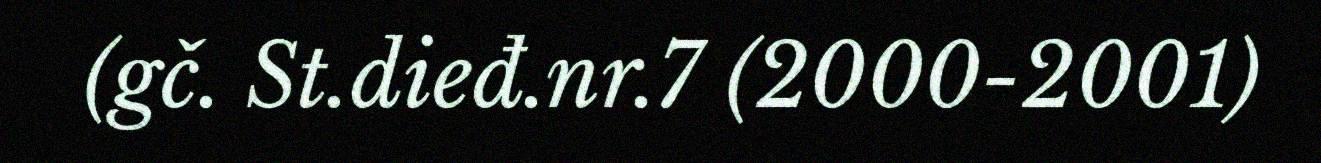
(gč. St.dieđ.nr.7 (2000-2001)